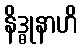
နိဒ္ဓုနာဟိ